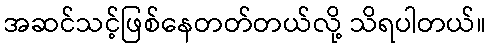
အဆင်သင့်ဖြစ်နေတတ်တယ်လို့ သိရပါတယ်။